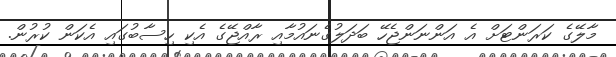
މާލޭގެ ކަރަންޓަށް އެ އަންނަންޖެހޭ ބަދަލުގެނައުމާއި ރާއްޖޭގެ އެކި ހިސާބުގައި އެކަން ކުރުން.